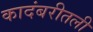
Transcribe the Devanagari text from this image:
कादंबरीतली